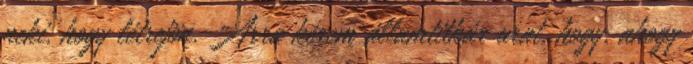
neki, hogy létrejön. Arra kérem államtitkár urat, hogy, ahogy